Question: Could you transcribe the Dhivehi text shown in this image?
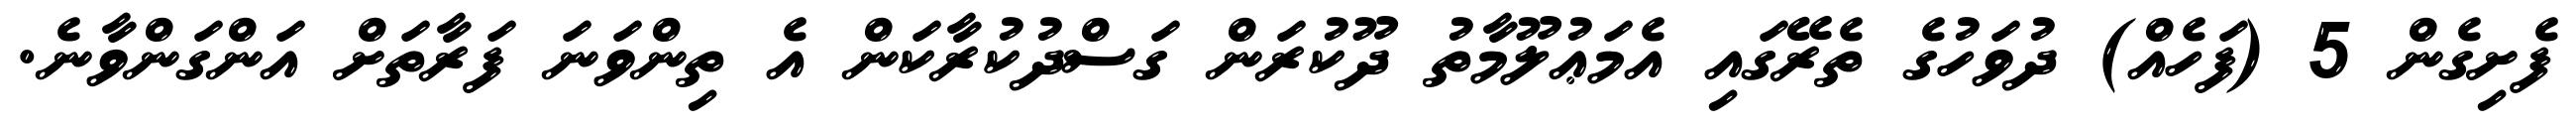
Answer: ފެށިގެން 5 (ފަހެއް) ދުވަހުގެ ތެރޭގައި އެމަޢުލޫމާތު ދޫކުރަން ގަސްދުކުރާކަން އެ ތިންވަނަ ފަރާތަށް އަންގަންވާނެ.